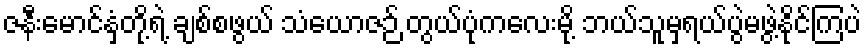
ဇနီးမောင်နှံတို့ရဲ့ ချစ်စဖွယ် သံယောဇဉ် တွယ်ပုံကလေးမို့ ဘယ်သူမှရယ်ပွဲမဖွဲ့နိုင်ကြပဲ